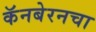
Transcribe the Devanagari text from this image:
कॅनबेरनचा